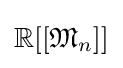
\mathbb {R} [[{\mathfrak {M}}_{n}]]